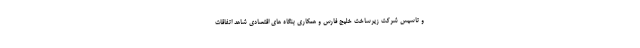
و تاسیس شرکت زیرساخت خلیج فارس و همکاری بنگاه های اقتصادی شاهد اتفاقات